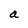
Character: a